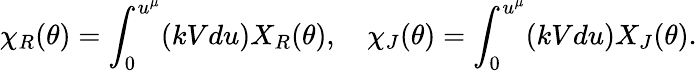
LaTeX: \chi_{R}(\theta)=\int_{0}^{u^{\mu}}(kVdu)X_{R}(\theta),\quad\chi_{J}(\theta)=\int_{0}^{u^{\mu}}(kVdu)X_{J}(\theta).